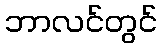
ဘာလင်တွင်